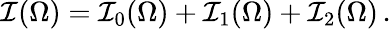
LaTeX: \mathcal{I}(\Omega)=\mathcal{I}_{0}(\Omega)+\mathcal{I}_{1}(\Omega)+\mathcal{I}_{2}(\Omega)\, .